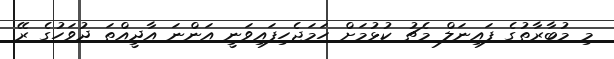
މި މުބާރާތުގެ ފައިނަލް މެޗު ކުޅުމަށް ހަމަޖެހިފައިވަނީ އަންނަ އާދީއްތަ ދުވަހުގެ ރޭ